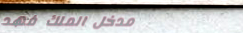
مدخل الملك فهد